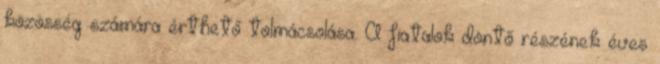
közösség számára érthető tolmácsolása. A fiatalok döntő részének éves